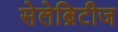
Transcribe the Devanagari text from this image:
सेलेब्रिटीज